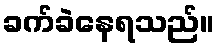
ခက်ခဲနေရသည်။